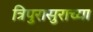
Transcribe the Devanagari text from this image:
त्रिपुरासुराच्या